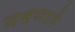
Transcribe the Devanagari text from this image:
लक्षणाने